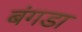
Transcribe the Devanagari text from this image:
बंगडा